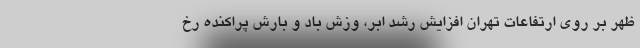
ظهر بر روی ارتفاعات تهران افزایش رشد ابر، وزش باد و بارش پراکنده رخ